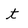
Character: t